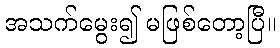
အသက်မွေး၍ မဖြစ်တော့ပြီ။